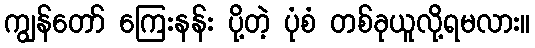
ကျွန်တော် ကြေးနန်း ပို့တဲ့ ပုံစံ တစ်ခုယူလို့ရမလား။